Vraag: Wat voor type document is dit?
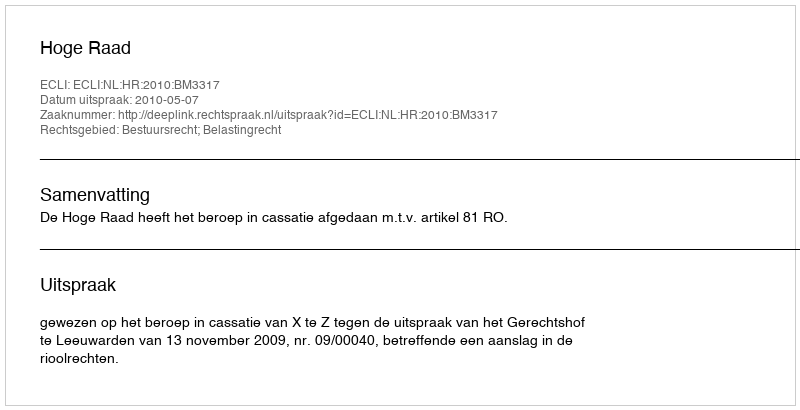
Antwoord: Uitspraak